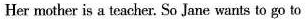
Her mother is a teacher. So Jane wants to go to